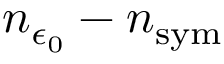
n _ { \epsilon _ { 0 } } - n _ { \mathrm { s y m } }